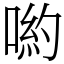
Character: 喲